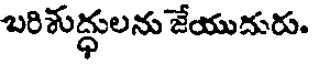
బరిశుద్ధులను జేయుదురు.